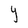
Character: Y